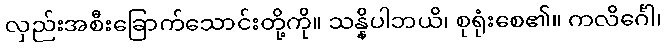
လှည်းအစီးခြောက်သောင်းတို့ကို။ သန္နိပါဘယိ၊ စုရုံးစေ၏။ ကလိင်္ဂေါ၊